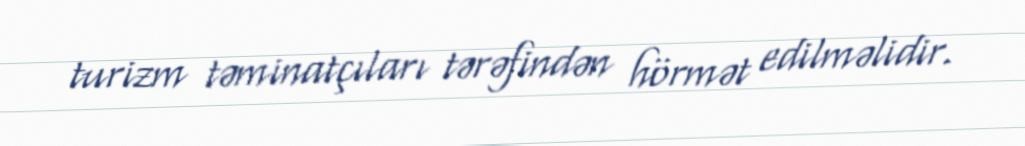
turizm təminatçıları tərəfindən hörmət edilməlidir.